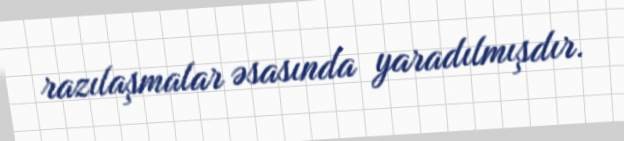
razılaşmalar əsasında yaradılmışdır.